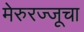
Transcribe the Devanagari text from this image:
मेरुरज्जूचा